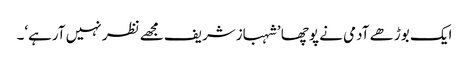
ایک بوڑھے آدمی نے پوچھا ’شہبازشریف مجھے نظر نہیں آرہے‘۔